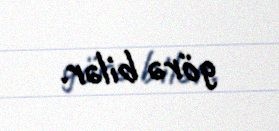
görə bilər.